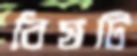
বিষটি